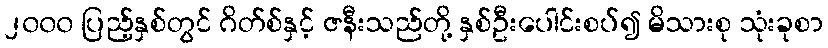
၂၀၀၀ ပြည့်နှစ်တွင် ဂိတ်စ်နှင့် ဇနီးသည်တို့ နှစ်ဦးပေါင်းစပ်၍ မိသားစု သုံးခုစာ